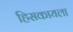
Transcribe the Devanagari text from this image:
हिसकायला